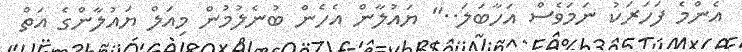
އެންމެ ފަހަރަކު ނަމަވެސް އަހާބަލަ.." ޔައުލާން އެހެން ބުނެލުމުން މިއަލް ޔައުލާންގެ އަތް